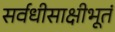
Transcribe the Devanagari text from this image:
सर्वधीसाक्षीभूतं